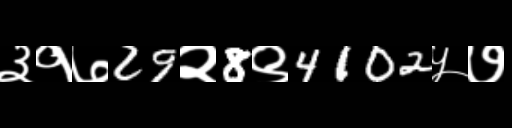
Text: ३१७29२8९4102५७